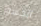
الجسور